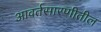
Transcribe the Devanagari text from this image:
आवर्तसारणीतील